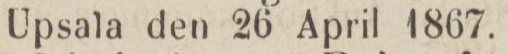
Upsala den 26 April 1867.